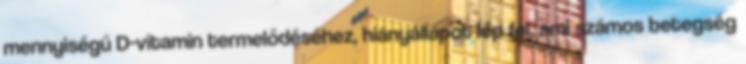
mennyiségű D-vitamin termelődéséhez, hiányállapot lép fel, ami számos betegség